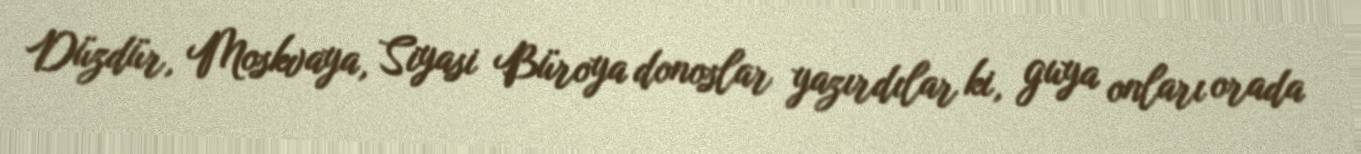
Düzdür, Moskvaya, Siyasi Büroya donoslar yazırdılar ki, guya onları orada